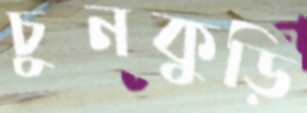
চুনকুড়ি